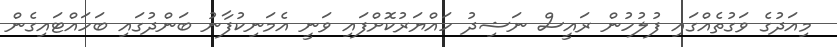
މިއަދުގެ ވަގުތެއްގައި ފުލުހުން ރައީސް ނަޝިދު ހައްޔަރުކޮށްފައި ވަނީ އެމަނިކުފާނު ބަންދުގައި ބަހައްޓައިގެން